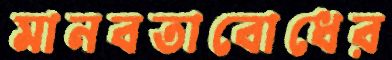
মানবতাবোধের